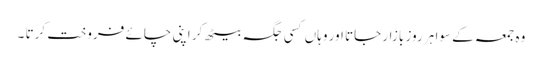
وہ جمعہ کے سوا ہر روز بازار جاتا اور وہاں کسی جگہ بیٹھ کر اپنی چائے فروخت کرتا ۔